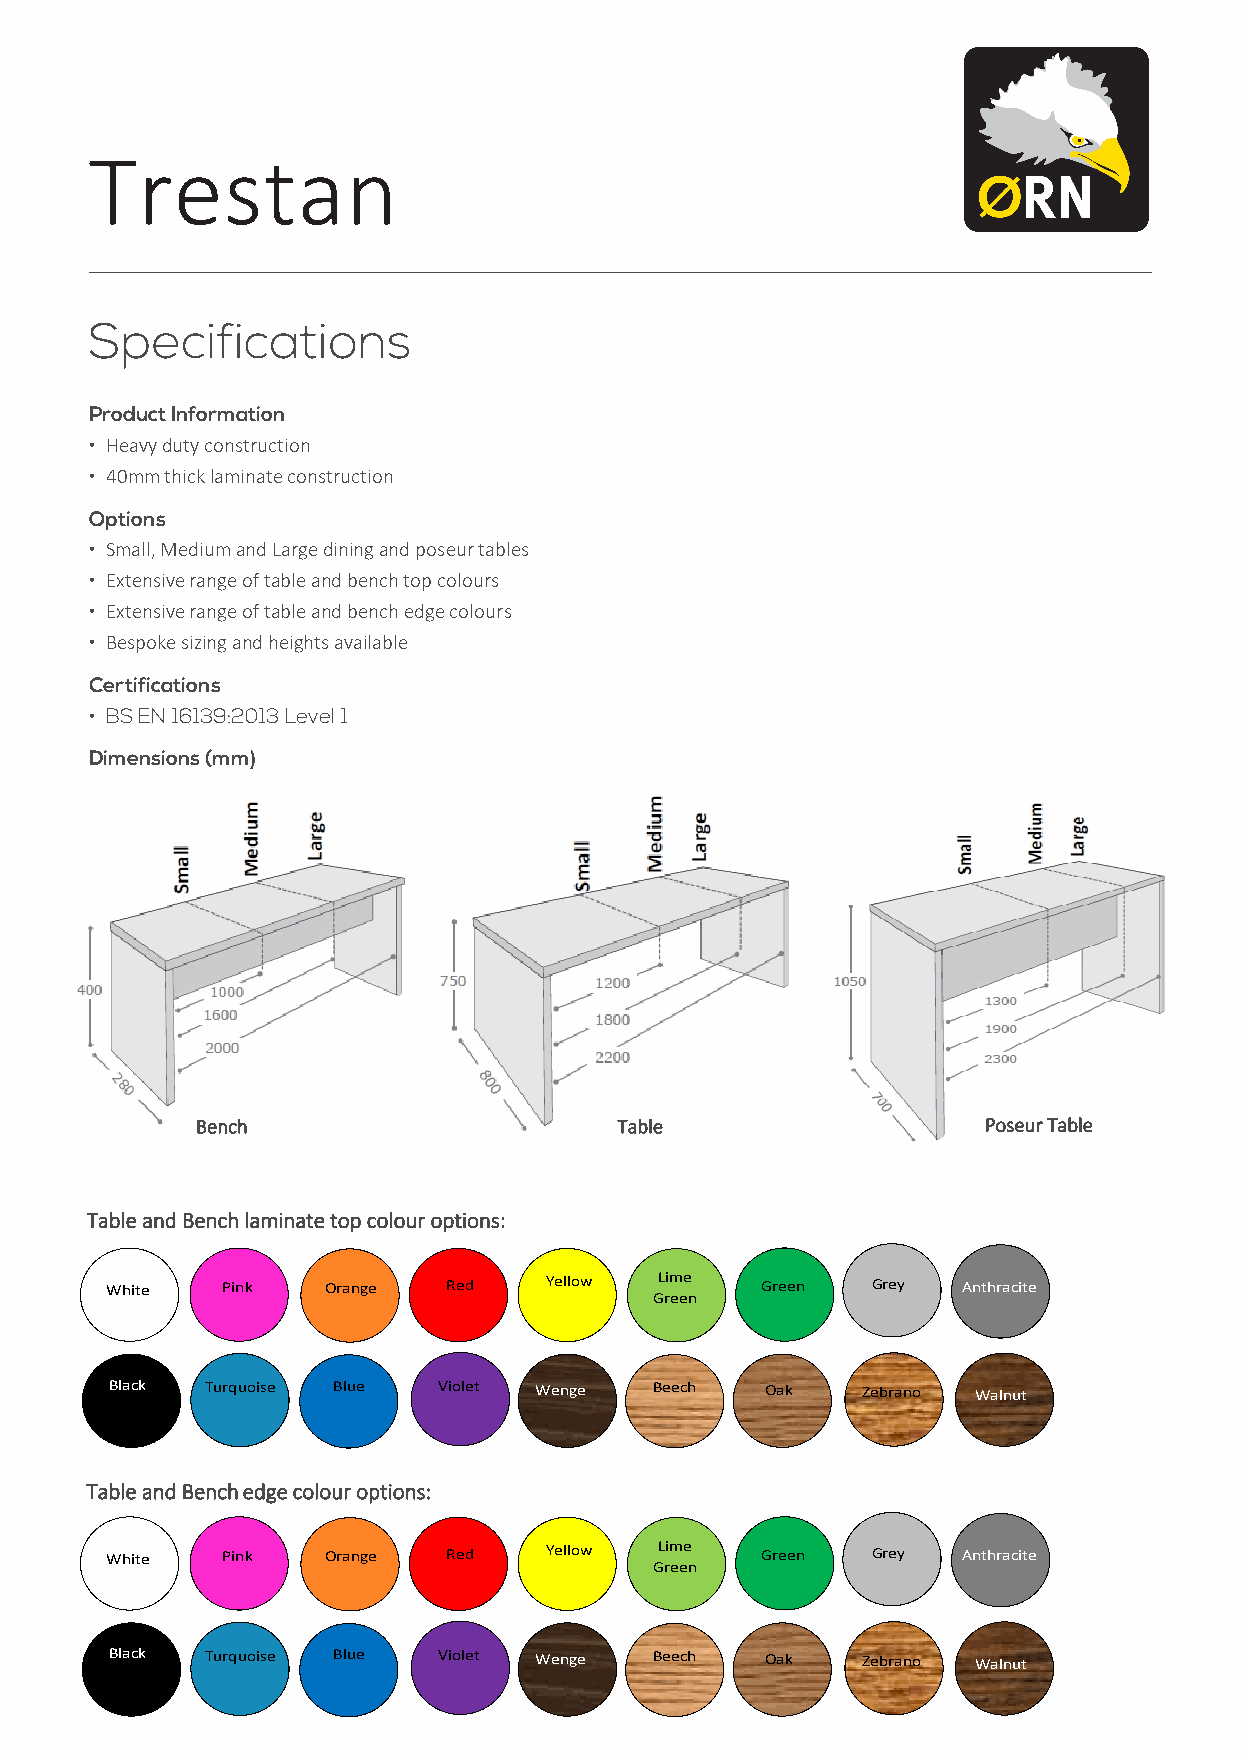
Trestan
 Specifications
 Product Information
 • Heavy duty construction
 • 40mm thick laminate construction
 Options
 • Small, Medium and Large dining and poseur tables
 • Extensive range of table and bench top colours
 • Extensive range of table and bench edge colours
 • Bespoke sizing and heights available
 Certifications
 • BS EN 16139:2013 Level 1
 Dimensions (mm)
 Bench                       Table                   Poseur Table
 Table and Bench laminate top colour options:
 White   Pink  Orange   Red   Yellow  Lime  Green   Grey  Anthracite
 Green
 Black  Turquoise Blue Violet Wenge  Beech   Oak   Zebrano Walnut
 Table and Bench edge colour options:
 White   Pink  Orange   Red   Yellow  Lime  Green   Grey  Anthracite
 Green
 Black  Turquoise Blue Violet Wenge  Beech   Oak   Zebrano Walnut